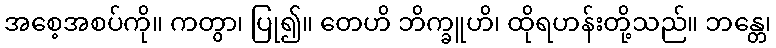
အစေ့အစပ်ကို။ ကတွာ၊ ပြု၍။ တေဟိ ဘိက္ခူဟိ၊ ထိုရဟန်းတို့သည်။ ဘန္တေ၊